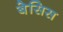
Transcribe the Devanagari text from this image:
बेसिस